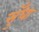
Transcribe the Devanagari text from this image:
सुँधा